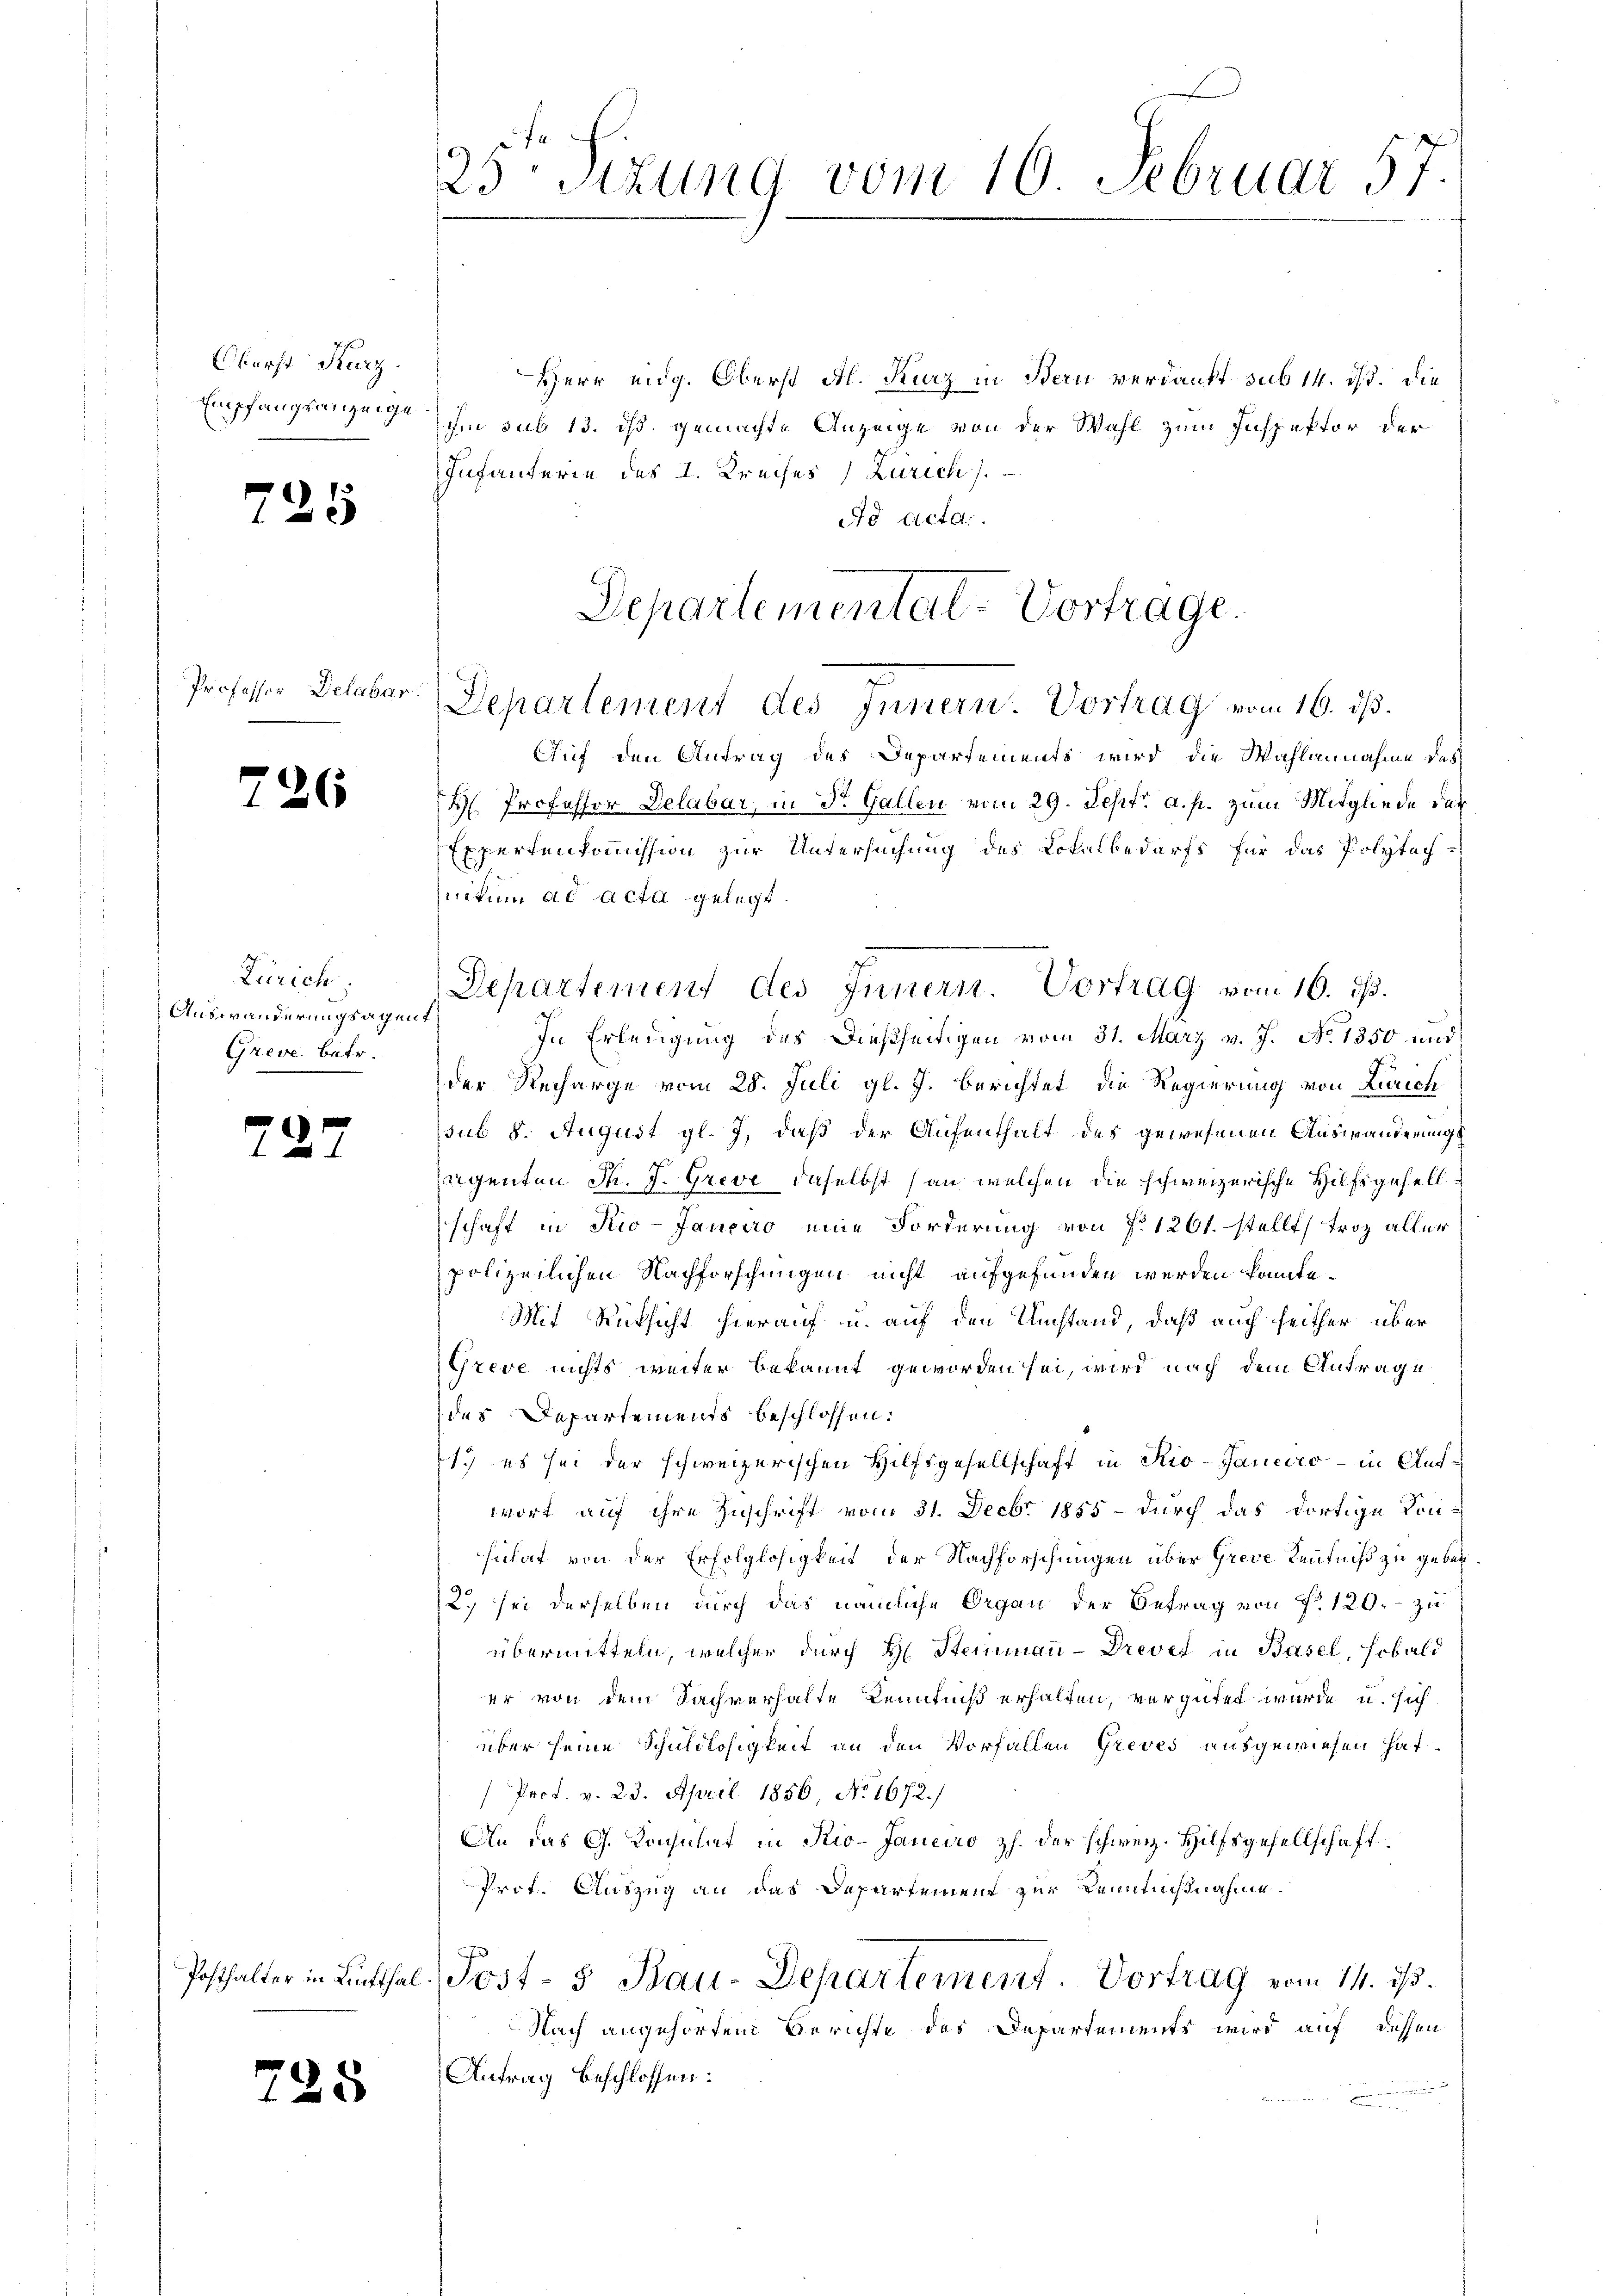
Oberst Karz.
Empfangsanzeige

s

Professor Delabar.

f

225

265

Zürich
Auswanderungsagent
Greve betr.

c

728

25. Sizung vom 16. Februar 57.

Herr ung. Oberst Al. Kurz in Bern verdankt sub 14. ds. die
ihm sub 13. ds. gemachte Anzeige von der Wahl zum Inspektor der
Infanterie des I. Kreises (Zürich).
de Acta.
Auf den Antrag des Departements wird die Wahlannahme des
H Professor Delabar, in Dr. Gallen vom 29. Sept. a. p. zum Mitgliede der
Expertenkommission zur Untersuchung des Lokalbedarfs für das Polytech-
nitum ad acta gelegt.
In Erledigung des dießseitigen vom 31. März v. J. No 1350 und
der Recharge vom 28. Juli gl. J. berichtet die Regierung von Zürich
sub 8. August gl. J., daß der Aufenthalt des gewesenen Auswanderungs
regenten d. J. Greve daselbst (an welchen die schweizerische Hilfsgesellschaft in Rio-Jancaro eine Forderung von fr. 1261. stellt, troz aller
polizeilichen Nachforschungen nicht aufgefunden werden konnte.
Mit Rücksicht hierauf u. auf den Umstand, daß auch seither über
Greve nichts weiter bekannt geworden sei, wird nach dem Antrage
des Departements beschlossen:
1. es sei der schweizerischen Hilfsgesellschaft in Rio-Janeiro  in Aufwort auf ihre Zuschrift vom 31. Decbr 1855 - durch das dortige Kansulat von der Erfolglosigkeit der Nachforschungen über Greve Kenntniß zu geben¬
2. sei derselben durch das nämliche Organ der Betrag von f. 120. zu
übermitteln, welcher durch H. Steinmann-Drevet in Basel, sobald
er von dem Sachverhalte Kenntniß erhalten, vergütet wurde u. sich
über seine Schuldlosigkeit an den Vorfallen Greves ausgewiesen hat.
Prof. v. 23. April 1856, No. 1672.)
An das G. Konsulat in Rio-Janeiro Zh. der schweiz. Hilfsgesellschaft
Prot. Auszug an das Departement zur Kenntnißnahme
Posthalter in Lutthal, Post- 5 Bau-Departement. Vortrag vom 14. ds.
Nach angehörten Berichte des Departements wird auf dessen
Antrag beschlossen:

Departementat-Vortrage.
Departement des Innern. Vortrag vom 16. ds.

Departement des Innern. Vortrag vom 16. ds.